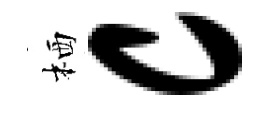
栖c